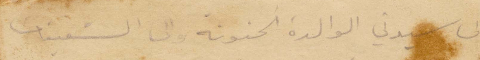
الي سيدتي الوالدة الحنونة والى الشقيقات